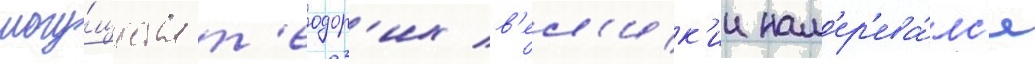
могу́щества т'еодор'их в'ел'ик'ии нам'ер'ева́лс'я